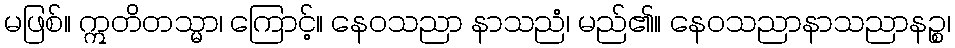
မဖြစ်။ ဣတိတသ္မာ၊ ကြောင့်။ နေဝသညာ နာသညံ၊ မည်၏။ နေဝသညာနာသညာနဉ္စ၊